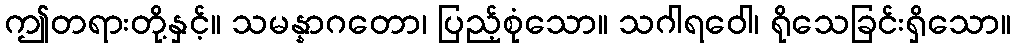
ဤတရားတို့နှင့်။ သမန္နာဂတော၊ ပြည့်စုံသော။ သဂါရဝေါ၊ ရိုသေခြင်းရှိသော။